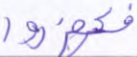
فكفروا